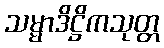
သမ္မာဒိဋ္ဌိကသုတ္တ